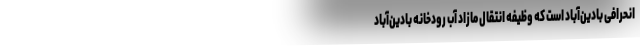
انحرافی بادین‌آباد است که وظیفه انتقال مازاد آب رودخانه بادین‌آباد